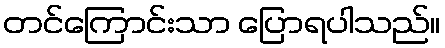
တင်ကြောင်းသာ ပြောရပါသည်။